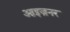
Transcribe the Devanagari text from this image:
आइज़नर